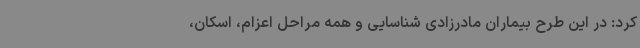
کرد: در این طرح بیماران مادرزادی شناسایی و همه مراحل اعزام، اسکان،